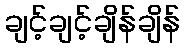
ချင့်ချင့်ချိန်ချိန်